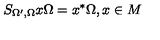
S _ { \Omega ^ { \prime } , \Omega } x \Omega = x ^ { * } \Omega , x \in M